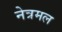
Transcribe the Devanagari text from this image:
नेत्रमल